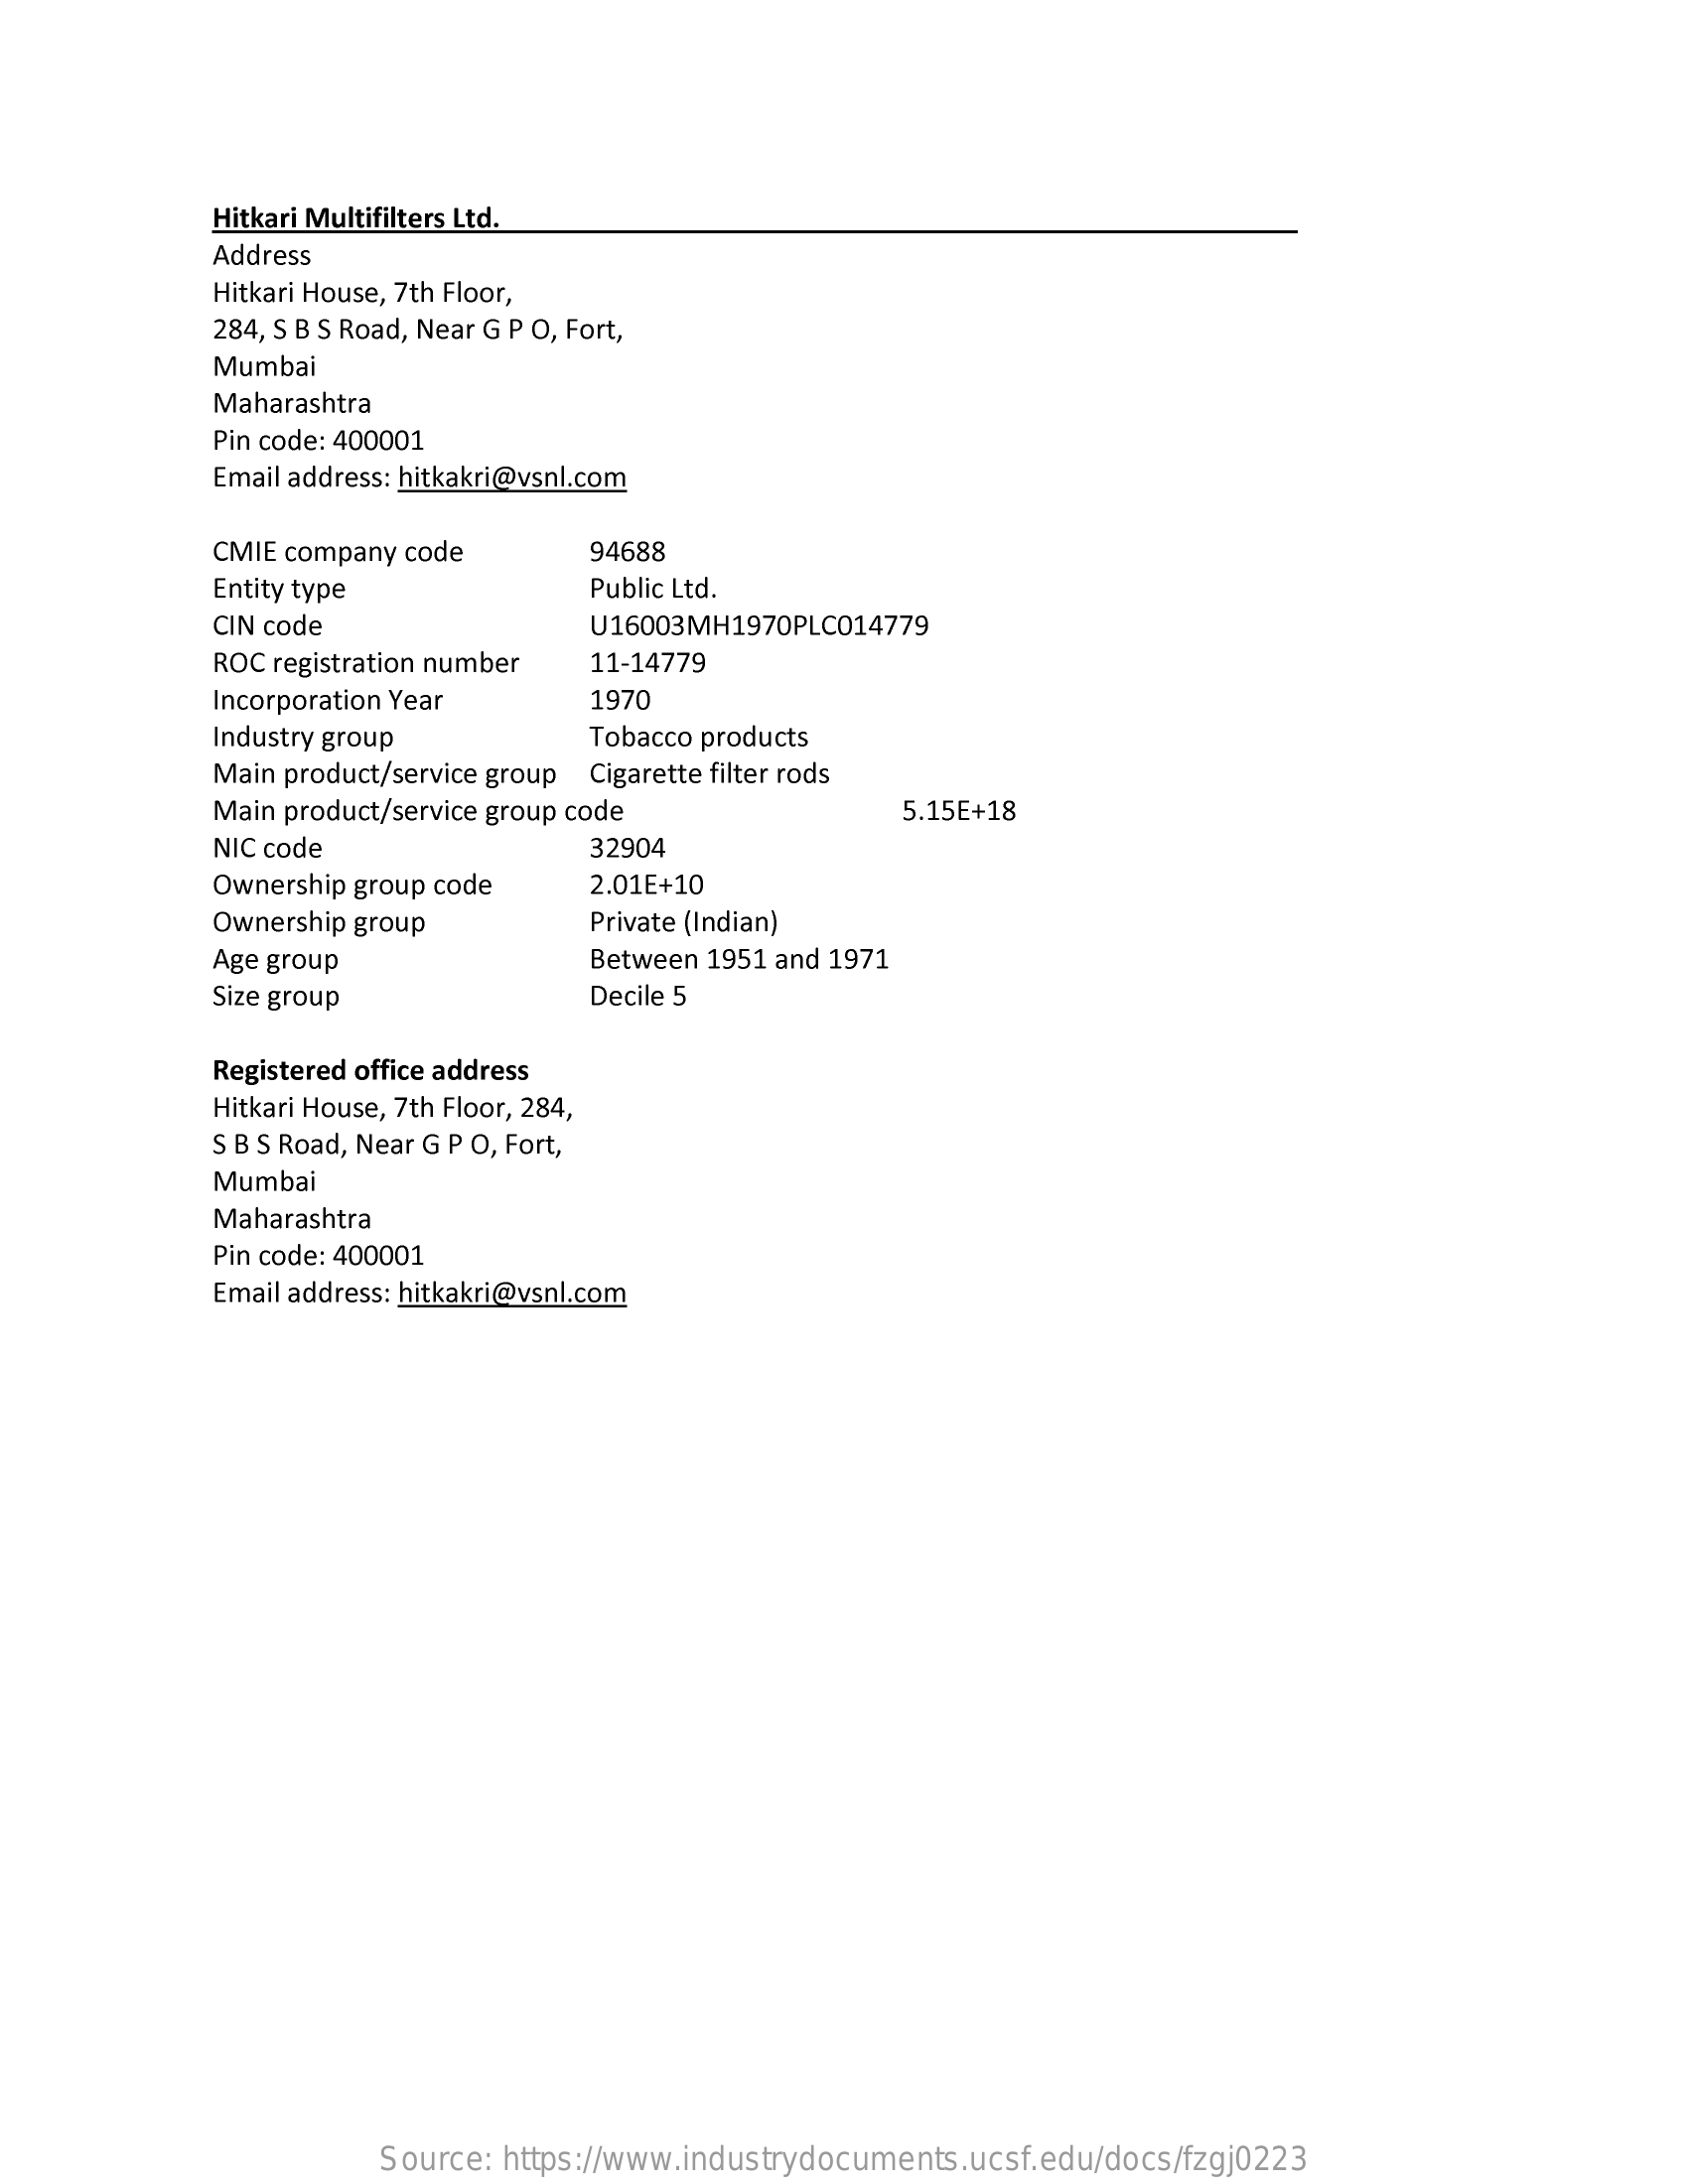
Hitkari Multifilters Ltd.
     Address
     Hitkari House, 7th Floor,
     284, S B S Road, Near G P O, Fort,
     Mumbai
     Maharashtra
     Pin code: 400001
     Email address: hitkakri@vsnl.com
     CMIE company code    94688
     Entity type    Public Ltd.
     CIN code    U16003MH1970PLC014779
     ROC registration number 11-14779
     Incorporation Year    1970
     Industry group    Tobacco products
     Main product/service group Cigarette filter rods
     Main product/service group code    5.15E+18
     NIC code    32904
     Ownership group code    2.01E+10
     Ownership group    Private (Indian)
     Age group    Between 1951 and 1971
     Size group    Decile 5
     Registered office address
     Hitkari House, 7th Floor, 284,
     S B S Road, Near G P O, Fort,
     Mumbai
     Maharashtra
     Pin code: 400001
     Email address: hitkakri@vsnl.com
     Source: https://www.industrydocuments.ucsf.edu/docs/fzgj0223